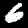
Label: 6